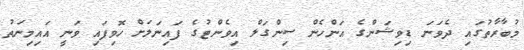
މުބާރާތުގައި ދެވަނަ ޑިވިޝަންގެ އަންހެން ސިންގަލް އިވެންޓުގެ ފައިނަލަށް ހޮވިފައި ވަނީ އައިމިނަތު